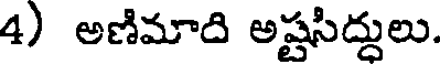
4) అణిమాది అష్టసిద్దులు.